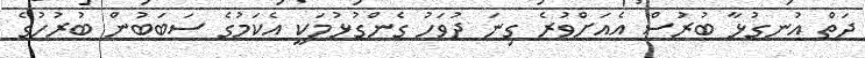
ދަތް އުނގުޅާ ބުރުސް އެއަށްވުރެ ގިނަ ދުވަހު ގެންގުޅުމަކީ އެކަމުގެ ސަބަބުން ބުރުހުގެ